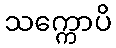
သက္ကောပိ